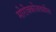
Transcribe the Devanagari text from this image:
मोरोक्कोजवळील